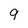
Character: 9